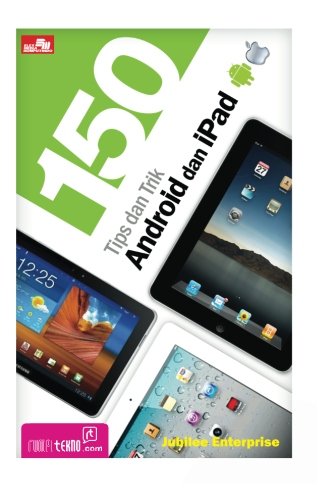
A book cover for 150 Tips dan Trik Android dan iPad (Indonesian Edition); Jubilee Enterprise; Computers & Technology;